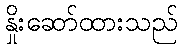
နှိုးဆော်ထားသည်